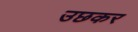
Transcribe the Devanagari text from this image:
उछकर